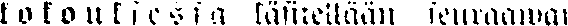
kokouksessa käsitellään seuraawat